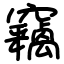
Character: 竊